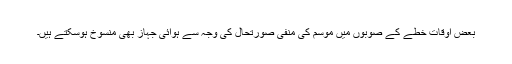
بعض اوقات خطے کے صوبوں میں موسم کی منفی صورتحال کی وجہ سے ہوائی جہاز بھی منسوخ ہوسکتے ہیں۔